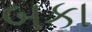
બકા